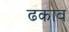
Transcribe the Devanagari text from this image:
ढकाव